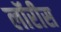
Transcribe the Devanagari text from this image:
लॉरीस